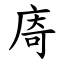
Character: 㢊